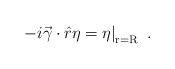
\begin{align*}\left.-i\vec\gamma\cdot\hat r\eta = \eta \right|_{\rm r=R}\ .\end{align*}